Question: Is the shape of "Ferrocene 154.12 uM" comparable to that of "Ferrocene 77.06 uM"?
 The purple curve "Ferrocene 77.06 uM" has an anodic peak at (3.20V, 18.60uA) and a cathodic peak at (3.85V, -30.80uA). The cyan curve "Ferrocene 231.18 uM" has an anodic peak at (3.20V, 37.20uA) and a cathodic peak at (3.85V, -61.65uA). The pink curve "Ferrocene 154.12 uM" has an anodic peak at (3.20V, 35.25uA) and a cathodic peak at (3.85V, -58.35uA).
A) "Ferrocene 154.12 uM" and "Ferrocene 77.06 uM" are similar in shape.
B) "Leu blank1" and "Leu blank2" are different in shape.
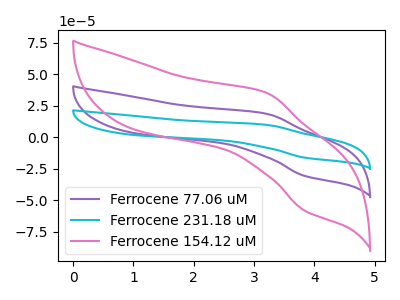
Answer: <think>All the peaks in "Ferrocene 154.12 uM" have a peak in "Ferrocene 77.06 uM" at the same potential. Every peak in "Ferrocene 154.12 uM" is higher than every peak in "Ferrocene 77.06 uM".
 </think>
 <answer>A) "Ferrocene 154.12 uM" and "Ferrocene 77.06 uM" are similar in shape.</answer>
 <eval>A</eval>